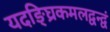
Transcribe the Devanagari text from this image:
यदङ्घ्रिकमलद्वन्द्वं